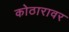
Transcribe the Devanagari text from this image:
कोठारावर